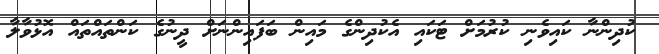
ކުދިންނާ ކައިވެނި ކުރުމަށް ޓަކައި އެކުދިންގެ މައިން ބަފައިންނަށް ދީނުގެ ކަންތައްތައް އޮޅުވާލާ